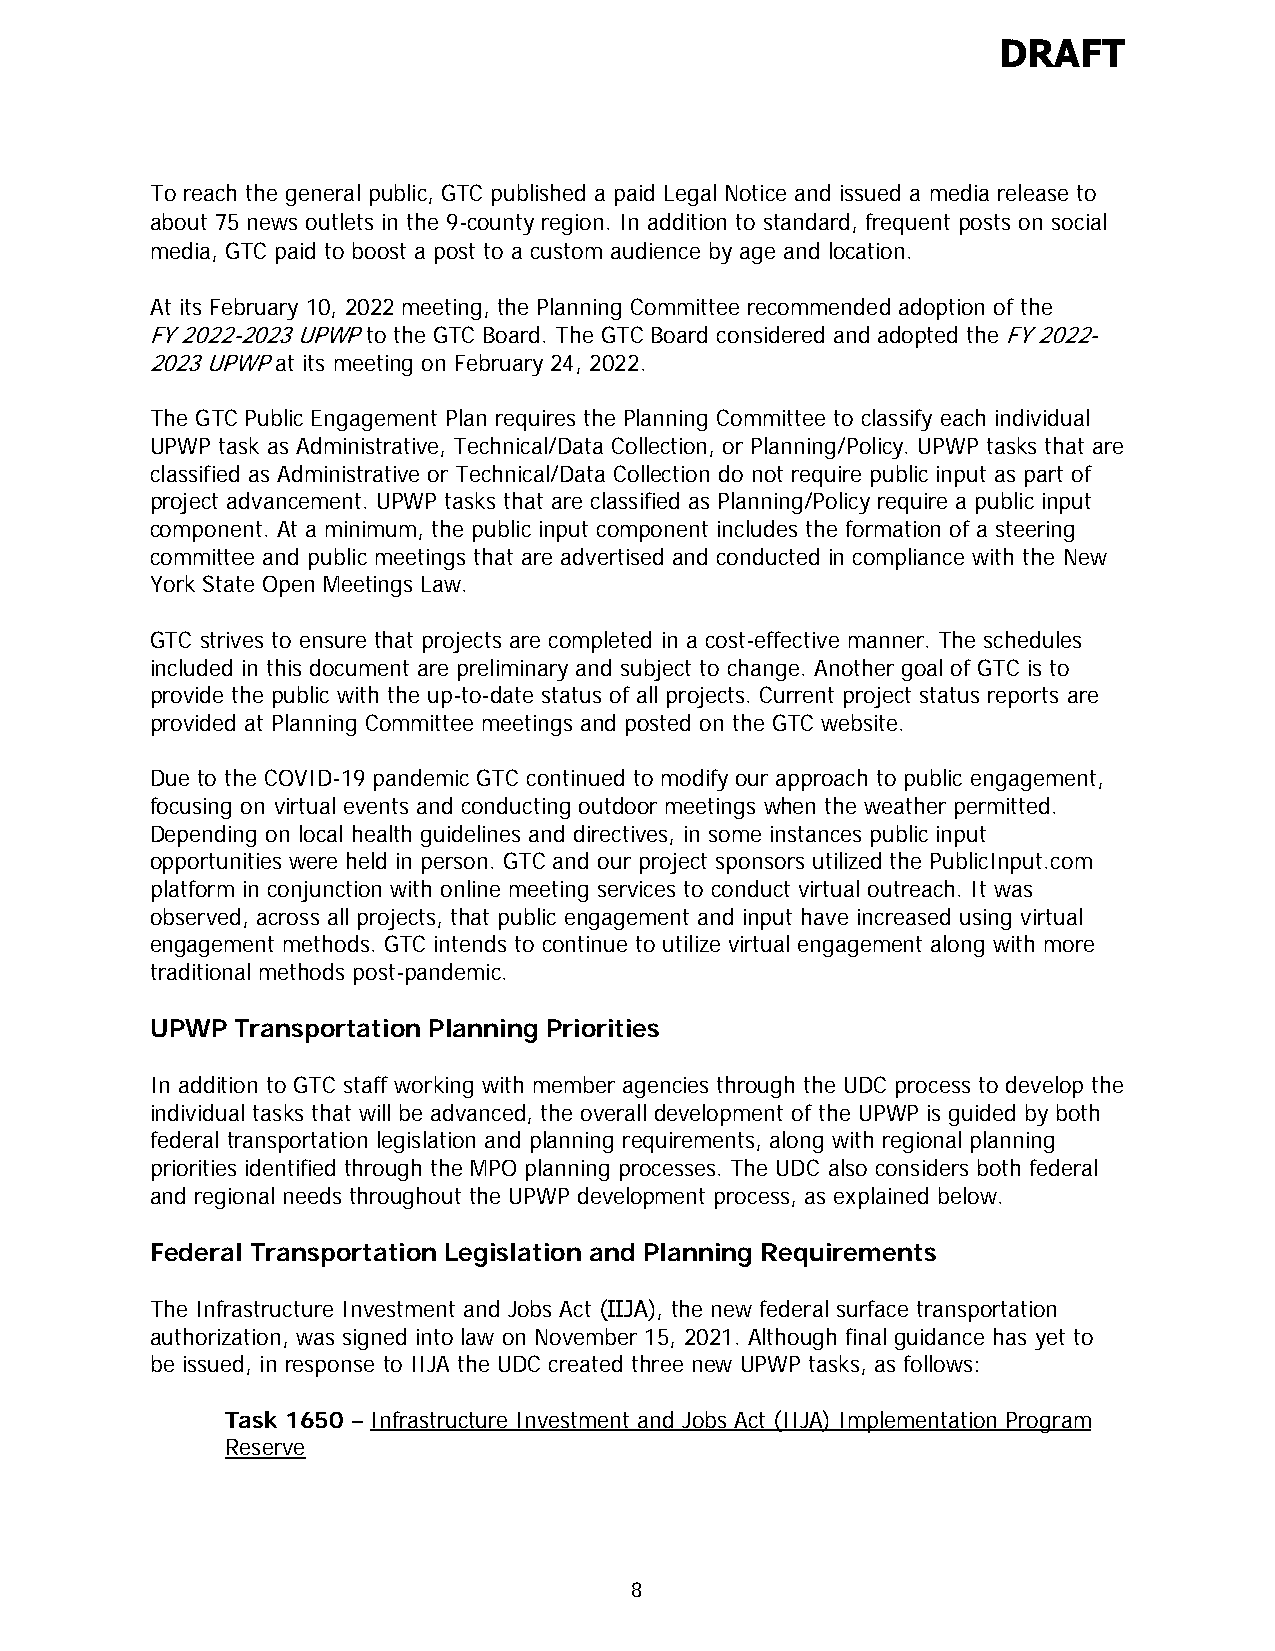
DRAFT
 To reach the general public, GTC published a paid Legal Notice and issued a media release to
 about 75 news outlets in the 9-county region. In addition to standard, frequent posts on social
 media, GTC paid to boost a post to a custom audience by age and location.
 At its February 10, 2022 meeting, the Planning Committee recommended adoption of the
 FY 2022-2023 UPWP to the GTC Board. The GTC Board considered and adopted the FY 2022-
 2023 UPWP at its meeting on February 24, 2022.
 The GTC Public Engagement Plan requires the Planning Committee to classify each individual
 UPWP task as Administrative, Technical/Data Collection, or Planning/Policy. UPWP tasks that are
 classified as Administrative or Technical/Data Collection do not require public input as part of
 project advancement. UPWP tasks that are classified as Planning/Policy require a public input
 component. At a minimum, the public input component includes the formation of a steering
 committee and public meetings that are advertised and conducted in compliance with the New
 York State Open Meetings Law.
 GTC strives to ensure that projects are completed in a cost-effective manner. The schedules
 included in this document are preliminary and subject to change. Another goal of GTC is to
 provide the public with the up-to-date status of all projects. Current project status reports are
 provided at Planning Committee meetings and posted on the GTC website.
 Due to the COVID-19 pandemic GTC continued to modify our approach to public engagement,
 focusing on virtual events and conducting outdoor meetings when the weather permitted.
 Depending on local health guidelines and directives, in some instances public input
 opportunities were held in person. GTC and our project sponsors utilized the PublicInput.com
 platform in conjunction with online meeting services to conduct virtual outreach. It was
 observed, across all projects, that public engagement and input have increased using virtual
 engagement methods. GTC intends to continue to utilize virtual engagement along with more
 traditional methods post-pandemic.
 UPWP  Transportation Planning Priorities
 In addition to GTC staff working with member agencies through the UDC process to develop the
 individual tasks that will be advanced, the overall development of the UPWP is guided by both
 federal transportation legislation and planning requirements, along with regional planning
 priorities identified through the MPO planning processes. The UDC also considers both federal
 and regional needs throughout the UPWP development process, as explained below.
 Federal Transportation Legislation and Planning Requirements
 The Infrastructure Investment and Jobs Act (IIJA), the new federal surface transportation
 authorization, was signed into law on November 15, 2021. Although final guidance has yet to
 be issued, in response to IIJA the UDC created three new UPWP tasks, as follows:
 Task 1650 – Infrastructure Investment and Jobs Act (IIJA) Implementation Program
 Reserve
 8